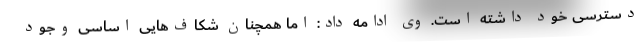
دسترسی خود داشته است. وی ادامه داد: اما همچنان شکاف‌هایی اساسی وجود